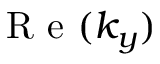
\mathrm { ~ R ~ e ~ } ( k _ { y } )